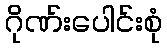
ဂိုဏ်းပေါင်းစုံ